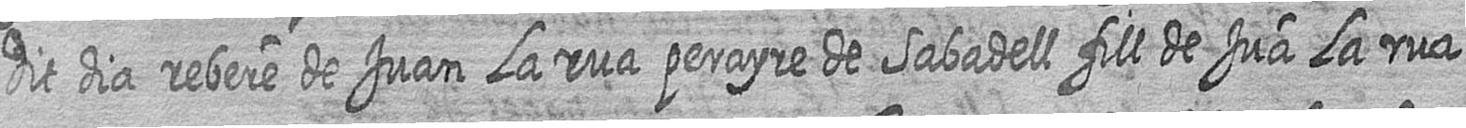
dit dia rebere de Juan La rua perayre de Sabadell fill de Jua La rua